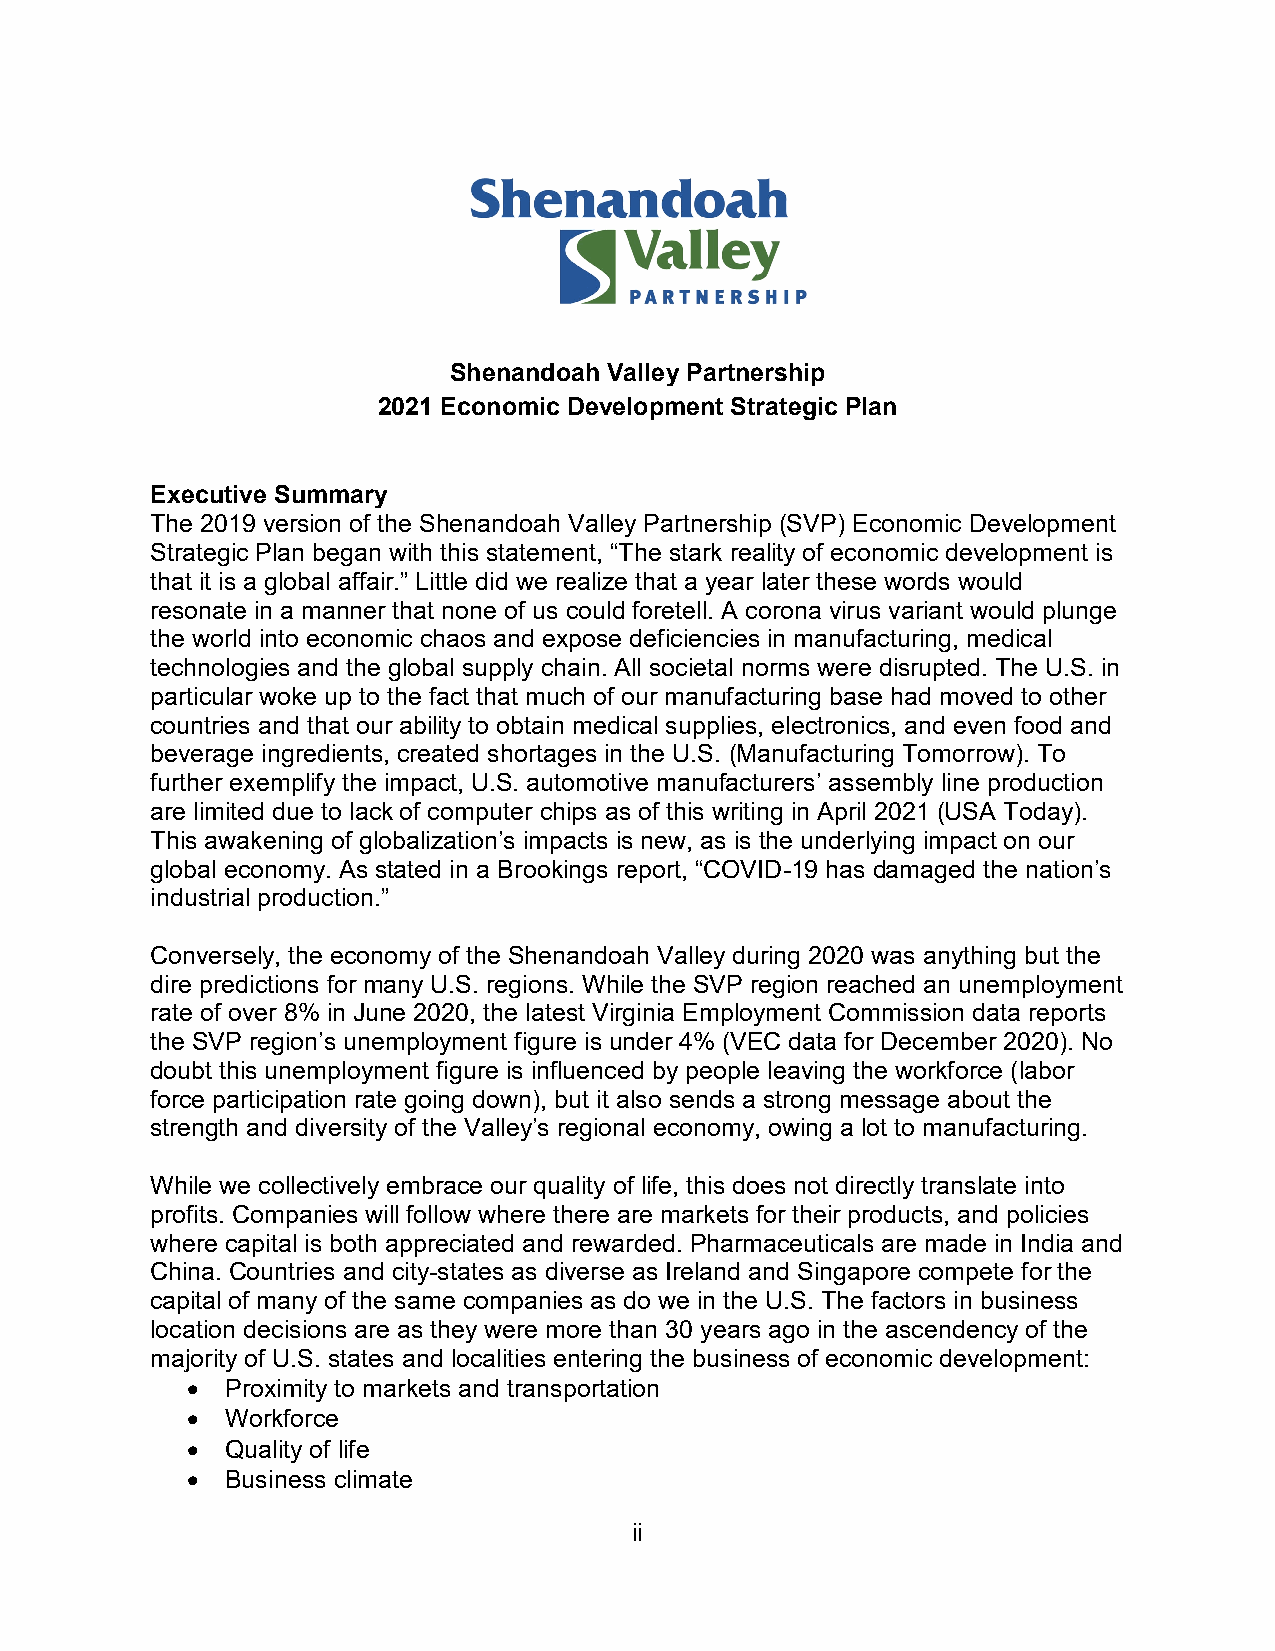
Shenandoah Valley Partnership
 2021 Economic Development Strategic Plan
 Executive Summary
 The 2019 version of the Shenandoah Valley Partnership (SVP) Economic Development
 Strategic Plan began with this statement, “The stark reality of economic development is
 that it is a global affair.” Little did we realize that a year later these words would
 resonate in a manner that none of us could foretell. A corona virus variant would plunge
 the world into economic chaos and expose deficiencies in manufacturing, medical
 technologies and the global supply chain. All societal norms were disrupted. The U.S. in
 particular woke up to the fact that much of our manufacturing base had moved to other
 countries and that our ability to obtain medical supplies, electronics, and even food and
 beverage ingredients, created shortages in the U.S. (Manufacturing Tomorrow). To
 further exemplify the impact, U.S. automotive manufacturers’ assembly line production
 are limited due to lack of computer chips as of this writing in April 2021 (USA Today).
 This awakening of globalization’s impacts is new, as is the underlying impact on our
 global economy. As stated in a Brookings report, “COVID-19 has damaged the nation’s
 industrial production.”
 Conversely, the economy of the Shenandoah Valley during 2020 was anything but the
 dire predictions for many U.S. regions. While the SVP region reached an unemployment
 rate of over 8% in June 2020, the latest Virginia Employment Commission data reports
 the SVP region’s unemployment figure is under 4% (VEC data for December 2020). No
 doubt this unemployment figure is influenced by people leaving the workforce (labor
 force participation rate going down), but it also sends a strong message about the
 strength and diversity of the Valley’s regional economy, owing a lot to manufacturing.
 While we collectively embrace our quality of life, this does not directly translate into
 profits. Companies will follow where there are markets for their products, and policies
 where capital is both appreciated and rewarded. Pharmaceuticals are made in India and
 China. Countries and city-states as diverse as Ireland and Singapore compete for the
 capital of many of the same companies as do we in the U.S. The factors in business
 location decisions are as they were more than 30 years ago in the ascendency of the
 majority of U.S. states and localities entering the business of economic development:
 •  Proximity to markets and transportation
 •  Workforce
 •  Quality of life
 •  Business climate
 ii